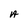
Character: A